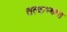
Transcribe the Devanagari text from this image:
तत्वाभ्यास